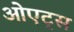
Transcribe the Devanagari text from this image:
ओएट्स